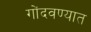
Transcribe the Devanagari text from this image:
गोंदवण्यात